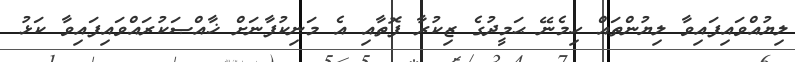
ލިޔުއްވައިފައިވާ ލިޔުންތައް ހިމެނޭ ޙަމީދުގެ ޒިކުރާ ފޮތާއި އެ މަނިކުފާނަށް ޚާއްޞަކުރައްވައިފައިވާ ކަޅު